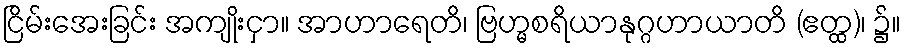
ငြိမ်းအေးခြင်း အကျိုးငှာ။ အာဟာရေတိ၊ ဗြဟ္မစရိယာနုဂ္ဂဟာယာတိ (ဧတ္ထ)၊ ၌။